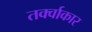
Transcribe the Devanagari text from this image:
तर्क्वाकार